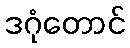
ဒဂုံတောင်